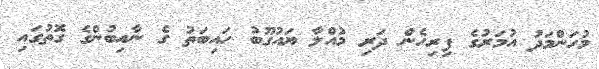
މުހަންމަދު އުމަރުގެ ފިރިހެން ދަރި މުއްލާ ޔައުގޫބު ހައިބަތު ގެ ނާއިބުންގެ ގޮތުގައި